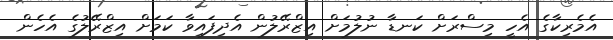
އެމެރިކާގެ އެހީ މިސްރަށް ކަނޑާ ނުލުމަށް އިޒްރޭލުން އެދިފައިވާ ކަމަށް އިޒްރޭލުގެ އެހެން